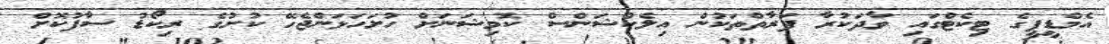
އެމްޑީޕީގެ ޓިކެޓްގައި ވާދަކުރާ ފަރާތްތަކުން އިލެކްޝަންސް ކޮމިޝަނަށް ހުށަހަޅަންޖެހޭ ކުށުގެ ރިކޯޑު ސާފުކޮށް